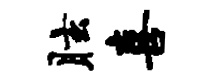
眩喜